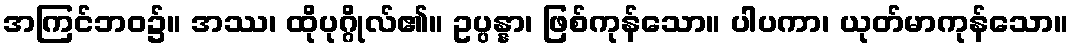
အကြင်ဘဝ၌။ အဿ၊ ထိုပုဂ္ဂိုလ်၏။ ဥပ္ပန္နာ၊ ဖြစ်ကုန်သော။ ပါပကာ၊ ယုတ်မာကုန်သော။